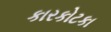
કારકોટકા